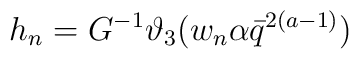
h_n=G^{-1}\vartheta_3(w_n\alpha \bar q ^{2(a-1)})